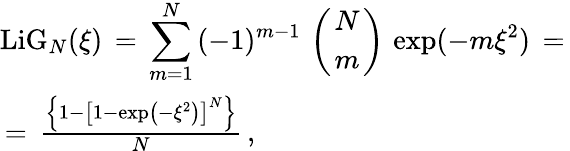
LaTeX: \begin{array}{l}{\displaystyle\mathrm{LiG}_{N}(\xi)\, =\, \sum_{m=1}^{N}\, (-1)^{m-1}\, \left({{N}\atop{m}}\right)\, \exp(-m\xi^{2})\, =\, }\\ {\, =\, \frac{\left\{ 1-\left[1-\exp\left(-\xi^{2}\right)\right]^{N}\right\} }N\, ,}\end{array}